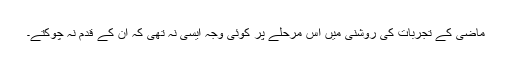
ماضی کے تجربات کی روشنی میں اس مرحلے پر کوئی وجہ ایسی نہ تھی کہ ان کے قدم نہ چوکتے۔